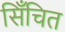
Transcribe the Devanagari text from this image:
सिँचित